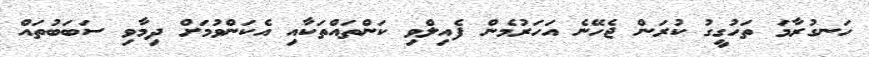
ހަނގުރާމަ ތަހުގީގު ކުރަން ޖެހޭނެ އަހަރުމެން ފެއިލްވި ކަންތައްތަކާއި އެކަންވުމަށް ދިމާވި ސަބަބުތައް